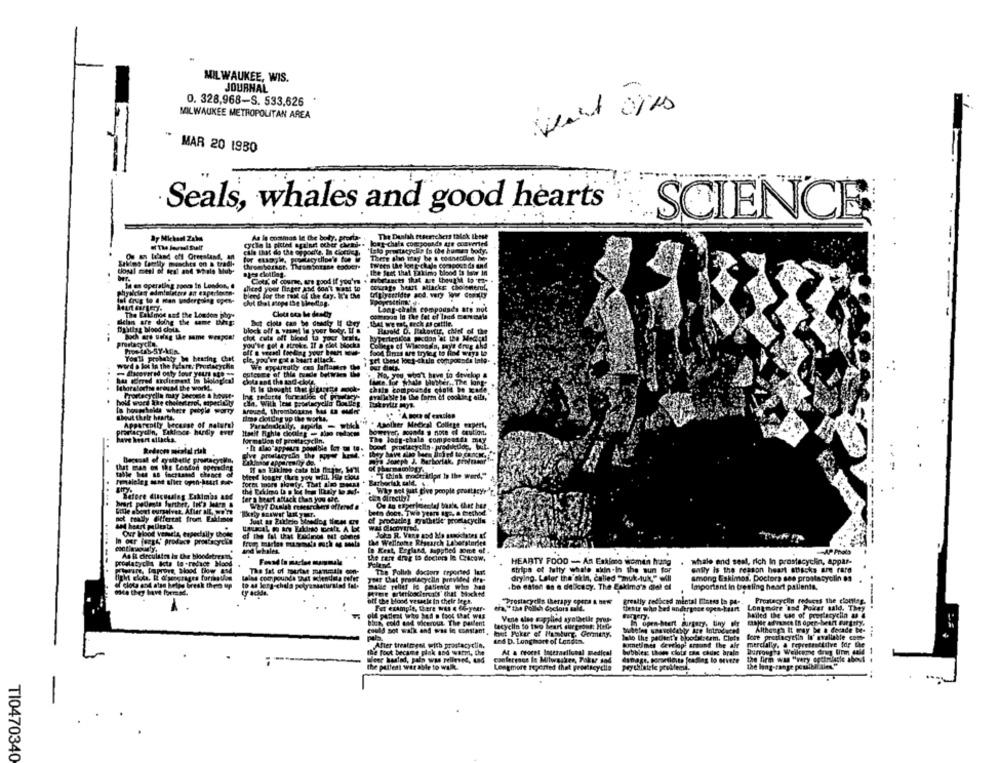
MILWAUKEE, WIS.
JOURNAL
0. 328,968-S. 533,626
MILWAUKEE METROPOLITAN AREA
MAR 20 1980
-
Seals, whales and good hearts
SCIENCE
As la costmos le Che boly, Pronta-
The Dualsh ttterichers talek these
cycla is picted againet of
loat duals compounds are converted
cala that do the of pocite, In clocues.
There Blin may be a codnecien Ie
Saktes family mysches on > tradi-
tween the long-chale compoun de and
ates clotting.
. the fact that pakimg blood ta low in
Colf of course, are good if you're
In an operating zones In London, @
sheed your finger And 6041 Baas 0
blend for the rest of the Cry. It's the
triplyemidte pod, very Wow comity
The Fallmoe and the London phoe
Claes een be deadly
Lang-chain compounds are not
Selen are doing the ume Dihg:
But chot can be donty If they
LAL we rat, deck el cattie.
clot cuts off bloed to your bralt.
Busold D. Itskovtir, chief of the
you've got a stroke. 11 a glet blocks
College of Wisconsin, mys Crug 4hd
food fines are tryleg to find ways to
You'll probably be hearing Chat
word a los in the future, Prostoryche
We eppuregtty cos laflamme
- discovered osty four yaus see on
outcome of the tade bettaes
.48, 990,what have to develop &
has Forred thdirment in Bothgleal
chata and the sad chor,
faite. for Whale bisher ., The long
chats compounds could be Este
Prontecyclla may becocte & howit-
Int tedutta formation et parte
@ralleble Je the form of cooking eils,
hold wort the cholestrol, tapecitty
about their hearts.
time clotting up the werte.
Apparently because of naturel
" . Asother Medical College expert,
plasticydin, Faklesce hurdy ever
bowreyer, sognda s note of caution.
..
formation of prostacyclin.
The long-chala compenali may
Reduces meiadel risk
che deo'appears poulble for- to.
Va Joseph J. Barborlak, profesor
. T think moceradiant In the werd,"
Before Clicutslag Likimas at
Why set siat five people geestgry?"
fera beart ablack then you and.
been doct, Two years ago, a Grechod
not toally @ffertat from Eilmes
Just as Zurtele Mes
of producten ayathetie proetacycils
Our Wood vemsets, especially those
In our jaagt' produce prostacycle
of the ial that Fuidinos BE obines
[as Welltotte Research Laboratories
-------
and whilet
In Keat, England, auppbed some of
As i circulate is the bloodrtres m
the rare drag to deciors le Cracow,
prostatycia Iote lo -redace Hood
HEARTY FOOD - An Estimo women hang
. Wale and seal, rich In prostacyclin, Appar-
Aprire, laprove, Mood [how and
The fat of mertat manimals con-
The Polish doctors reported Int
strips of fully whale skin-In the sun for
sally is the reason heart anscks are rare
lains com pounda hust solendata poter
your that prostacyclin provided d
drying. Later the skin, called "tuk-tuk," will
among Eskimos, Doctors see prontasyolin os
of clota and atan betes bresk there up
Dalle relief le patients who had
.bo eaton es a delicacy. The Eskimo's del of
Important in tresling heart patients,
ote they have formesf.
Hite priefoncierents' that blocked
off the Hood vatele In their beph.
"Prostacyels therapy Corra & Bew
greatly reduced mental Illness to pa ..
Proatecyclin reduces the clointeg.
For example, there was a to-year-
era," the Pollch Cyclors mail.
thestr who bed andergoce open-kaart
Long more 'sad Poker sald. They
hailed the use of peortacyciin & a
back cold and wierout. The parlent
tacyclin to two Smart dureront: Hets
In open-heart Surgery, Uny Dir
could sot walk and was in constant
. loet Poker of Hamburg, Germany,
Although It may be a decade be-
ind D. Longhort of London.
Jalo the patient's bloodstream. Clots fore pretlacyesin In' available com-
After theatreges with prostacy clin.
konetimes develop arsont the air
mercially. & Fepresentidive for the
the foot became plak and warm, the
At & desert Ingerneliceal medical
bubbless thans clois En cada brale
Burroughs Weilceme drug Um
the patient wer able to walk
conference In Milwaukee, Toku sad
Pythatyle problemi.
the firm was "very dottrlecke about
the long-range possibl ales
Longmore reported that proefscyclia
TI0470340